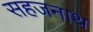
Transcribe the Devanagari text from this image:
सहजनाथ